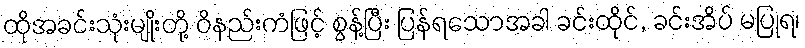
ထိုအခင်းသုံးမျိုးတို့ ဝိနည်းကံဖြင့် စွန့်ပြီး ပြန်ရသောအခါ ခင်းထိုင်, ခင်းအိပ် မပြုရ၊